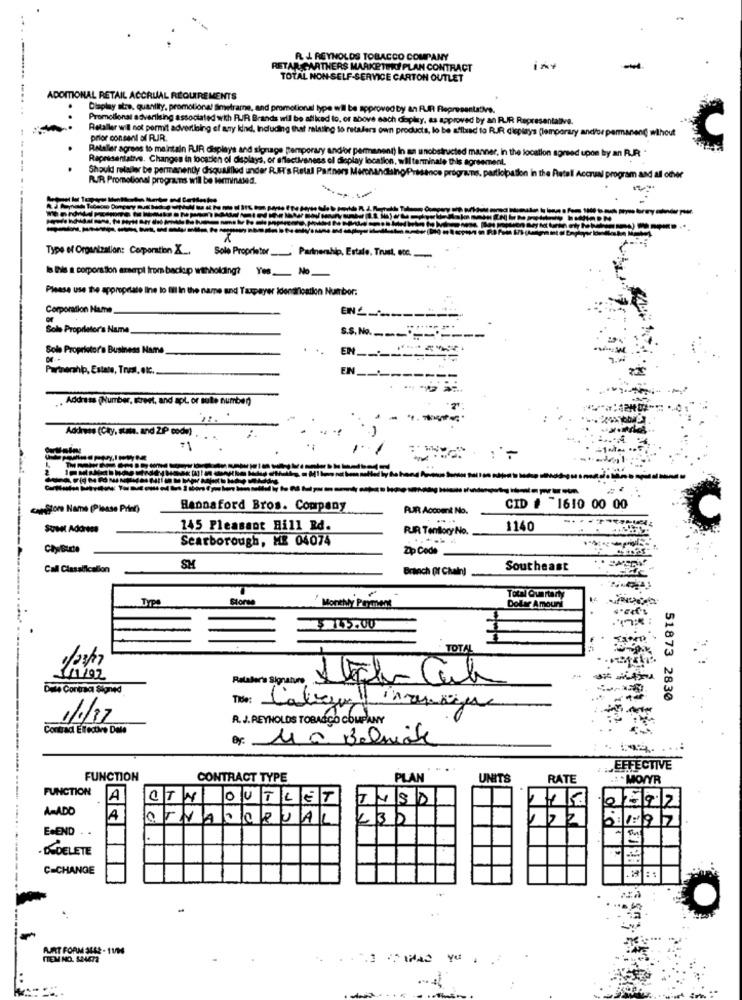
R. J REYNOLDS TOBACCO COMPANY
RETAR CARTHERS MARKETING PLAN CONTRACT
TOTAL NON-SELF-SE
SELF-SERVICE CARTON OUTLET
ADDITIONAL RETAIL ACCRUAL REQUIREMENTS
Dlaplay stre. quantity, promotional Simetrame, and promotional type wil be approved by an FUIR Representative.
Promotional advertising associated with FUR Brands wil be affixed to, or above each doplay, as approved by an RUIR Representative.
Retaller will not permit advertising of any kind, Including that relating to retailers own products, lo be afibrad to RJR displays (Temporary and/or permanent without
prior consent of RJR.
Retaller agrees to maintain RIR displays and signage pemporary and/or permanent) In an unobstructed manner, in th
Representative. Changes in focatien ol displays, or effectiveness el display location, will terminale this agreement.
he location agreed upon by an RJR .
Should retaller be permanently disquafilled under R.H's Retal Partners MerchandisingPresence programs. partiopa
RUIR Promotional programs will be terminated.
in the Ratell Accrual program and all ofver
Type of Organization: Corporation X ...
Sole Proprietor_Partnership, Estale. Trust, ecc ...
is this a corporation anserpt from backup withholding? Yes No
Please use the appropriate line to fill in the name and Taxpayer Identification Number:
Corporation Name
EN _____
Sole Proprietor's Name.
S.S. No ...
Sole Proprietor's Business Name
EN
Partnerhip, Estate, Trust, etc ..
EN
.. Address (Number, street, and apt. or sutte number)
Address (City, state. and ZIP code)
capifor Name (Please Print)
Hannaford Bros. Company
PUR Account No.
CID # 1610 00 00
-..
145 Pleasant Hill Rd.
RJR Tentlory No.
1140
Scarborough, HE 04074
..... .
HS
Zip Code
Call Classificalion
Branch Of Chain)
Southeast
TYP
Storse
Monthly Payment
Dollar Amount
7
TOTAL
Pilastro Signano Avecla Cal
Die Contract Signed
The: Laliga!
51873 2830
11/17
R. J. REYNOLDS TOBACCO COMPANY
Contrad Effective Date
Of: 11 a Belnök
EFFECTIVE
FUNCTION
CONTRACT TYPE
PLAN
UNITS
RATE
.: . MOWYR
FUNCTION A
CTN OUTLET
TUSD
AMADO
A
OTVALORUAL
230
E.END . .
- DEDELETE
C-CHANGE
: :
..
AURT FORM 3648 - 11/H4
ITEM NO. SAMME